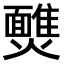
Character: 𩉈